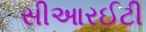
સીઆરઈટી